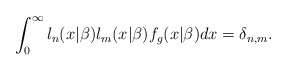
\begin{align*}\int_{0}^{\infty }l_{n}(x|\beta )l_{m}(x|\beta )f_{g}(x|\beta )dx=\delta_{n,m}. \end{align*}